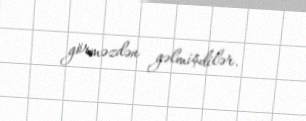
görməzdən gəlmişdilər.